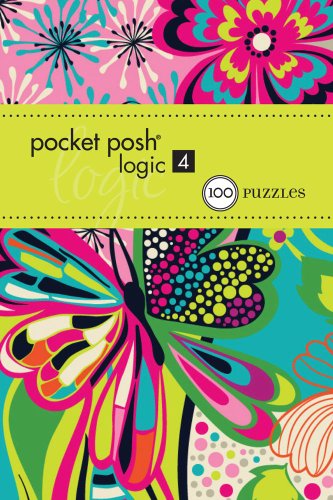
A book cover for Pocket Posh Logic 4: 100 Puzzles; The Puzzle Society; Humor & Entertainment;